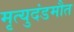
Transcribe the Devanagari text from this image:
मृत्युदंडमौत